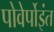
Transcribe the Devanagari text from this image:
पोवेर्पोइंत